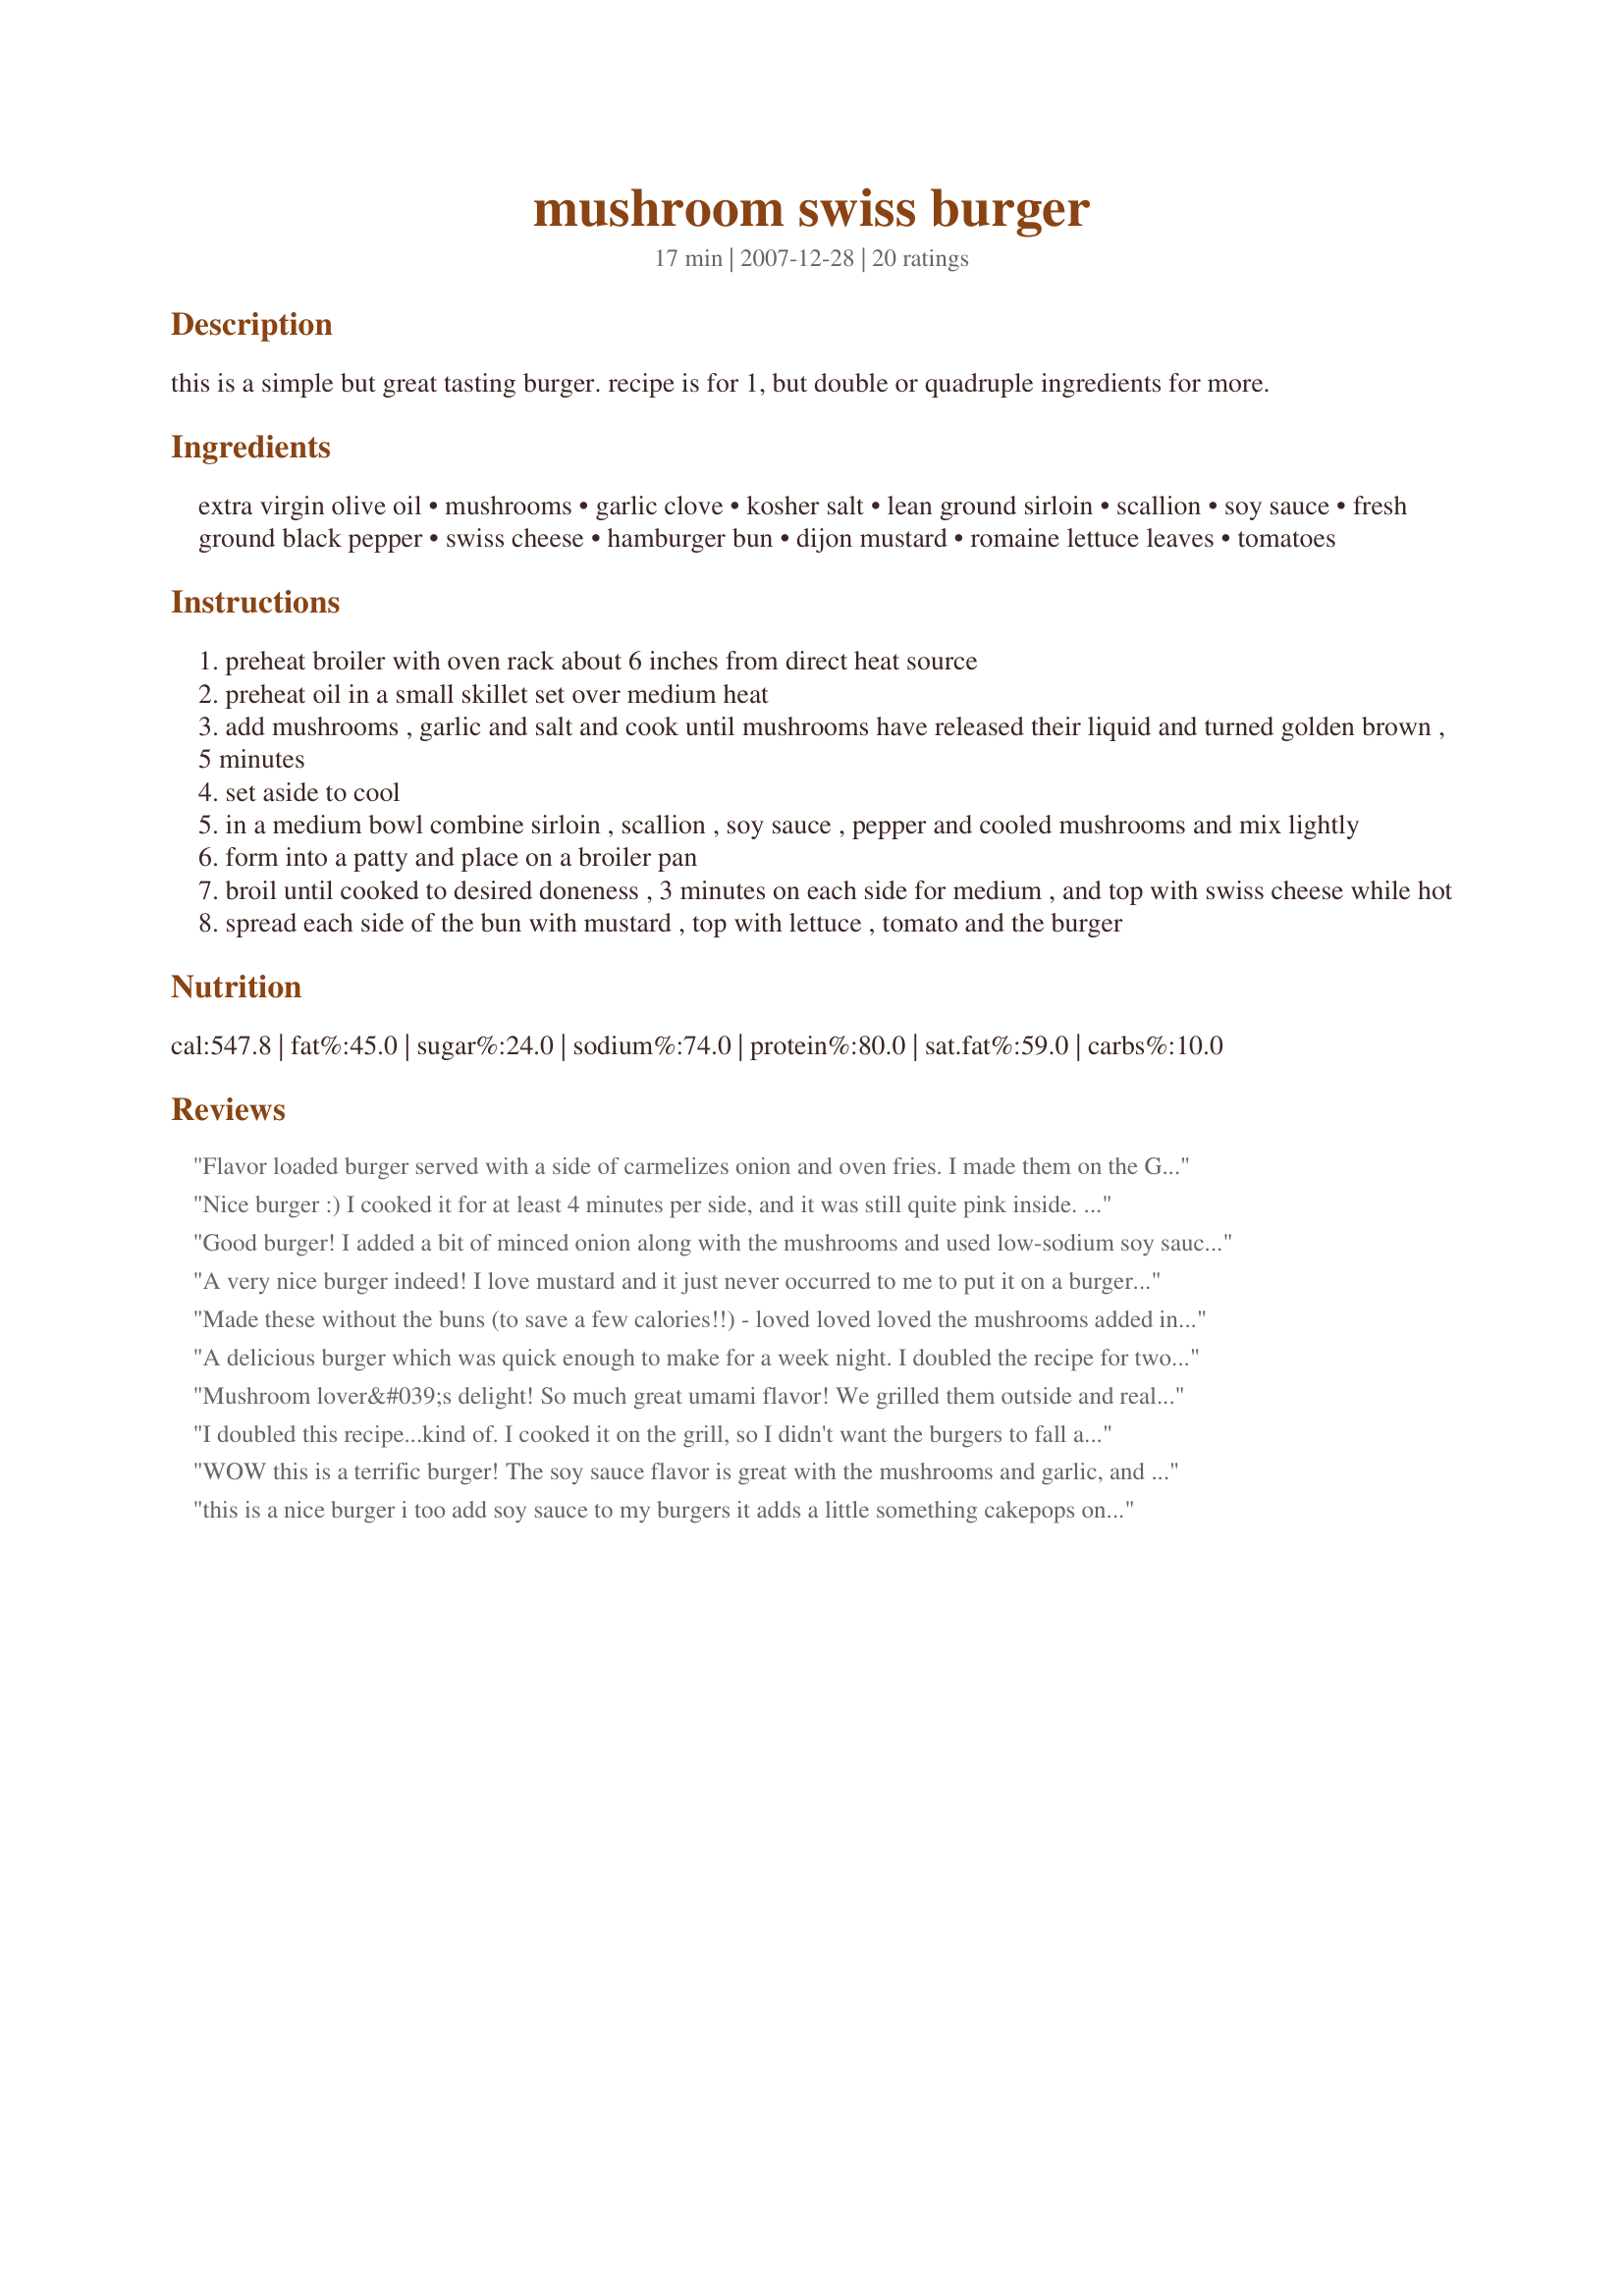
mushroom swiss burger
Preparation time: 17 minutes

this is a simple but great tasting burger. recipe is for 1, but double or quadruple ingredients for more.

Ingredients:
extra virgin olive oil, mushrooms, garlic clove, kosher salt, lean ground sirloin, scallion, soy sauce, fresh ground black pepper, swiss cheese, hamburger bun, dijon mustard, romaine lettuce leaves, tomatoes

Steps:
preheat broiler with oven rack about 6 inches from direct heat source
preheat oil in a small skillet set over medium heat
add mushrooms , garlic and salt and cook until mushrooms have released their liquid and turned golden brown , 5 minutes
set aside to cool
in a medium bowl combine sirloin , scallion , soy sauce , pepper and cooled mushrooms and mix lightly
form into a patty and place on a broiler pan
broil until cooked to desired doneness , 3 minutes on each side for medium , and top with swiss cheese while hot
spread each side of the bun with mustard , top with lettuce , tomato and the burger

Reviews:
Flavor loaded burger served with a side of carmelizes onion and oven fries. I made them on the Griddler and they were very easy to handle
Nice burger :) I cooked it for at least 4 minutes per side, and it was still quite pink inside. A tasty dish! I like that the recipe is made for a single serving - I doubled it and made two. The burgers were large, and next time I might double it and make three! Thanks for posting!
Good burger! I added a bit of minced onion along with the mushrooms and used low-sodium soy sauce. Other than than made as state and as previously mentioned-BIG burger but oh-so-good! Made for Aussie Recipe Swap.
A very nice burger indeed! I love mustard and it just never occurred to me to put it on a burger and leave off mayo and ketchup. Also, DH likes burgers that are seasoned throughout instead of just salt and pepper on top.
Made these without the buns (to save a few calories!!) - loved loved loved the mushrooms added in the mix!! thanks MarraMamba! :)
A delicious burger which was quick enough to make for a week night. I doubled the recipe for two and served these with my favourite baby spinach leaves on warmed crispy ciabatta rolls. Yum! I no longer worry about burgers or patties falling apart as I make them in egg rings. By the time I need to turn them over, I can dispense with the egg ring. Neat! Loved the soy sauce in these, both for its flavour and for how moist it makes the burger. I knew I would as it's an ingredient I very much like in my Recipe #120300. Thanks for sharing this yummy recipe, MarraMamba! Certainly one I'll be making again, next time in larger quantities so that I have some to put in the freezer. Made for Zaar Stars Tag.
Mushroom lover&#039;s delight! So much great umami flavor! We grilled them outside and really enjoyed them. Thanks so much.
I doubled this recipe...kind of. I cooked it on the grill, so I didn't want the burgers to fall apart. I used twice as much meat, and increased everything else by one and a half. This worked perfectly. The taste was great, and much less messy than topping with sauteed mushrooms, my usual way with burgers and mushrooms! Not sure the taste is exactly the same, but it is excellent. These are fabulous cooked on a smokey charcoal grill. I did not cook as indicated in the recipe...I just don't do burgers in the oven! But they would probably be good that way too! I loved this recipe. Made for Everyday is a Holiday tag game. Thanks for posting a great recipe!
Going in my keepers for 2009 book.
WOW this is a terrific burger! The soy sauce flavor is great with the mushrooms and garlic, and the swiss is the perfect topper. I left out the scallion and grilled these over charcoal - outstanding juicy and flavorful burgers - thanks for sharing this great recipe!
this is a nice burger i too add soy sauce to my burgers it adds a little something cakepops on parade hope you are having fun
Be hungry when you make this: it's a big, wholesome burger. Garlic and swiss cheese, with the Dijon mustard, are probably more important than the mushrooms to the identity of this recipe. I used iceberg lettuce because that's what was on hand; the romaine would have been nice. Made for Top Favorites of 2009.
Wow, what a terrific burger. We enjoyed this tasty treat very much. It has so much flavor and was so tender. Love the combination of meat, dijon mustard, swiss cheese and tomato, they were wonderful together and created a flavor to be remembered. Thank you for sharing your lovely recipe, which I will enjoy often. Made for Culinary Quest - Suitcase Gourmets - 2014.
This was tasty. I scaled the recipe down to just make one for a lunch. I love mushrooms and this showcased them. Thank you. Made for Culinary Quest PNW
My husband really liked this burger. I doubled the recipe and we cooked them on the grill verses the broiler. Made for a nice dinner. Made and reviewed from Auzie Swap #32.
Yummy burger :) I made as directed except left out the scallion. The flavors went together nicely. Broiling in the oven was such a quick and simple way to cook them -- I'd never broiled burgers before! Thanks for posting! Made fo Zaar Stars Tag.
We enjoyed these burgers a lot! My hubby grilled them instead of broiled, he had baby bella mushrooms and Miracle Whip instead of dijon mustart and I had dijon mustard and no mushrooms. A nice versatile recipe that we will be making again. Made and reviewed for the Culinary Quest 2014.
Yum. This made a large moist burger that we enjoyed a lot. Simple and tasty. Thanks Marra for sharing this one. Made for Photo Swap.
These were absolutely wonderful! They were so simple to make and had so much lovely flavor! The only trouble I had was in trying to flip them on the broiler rack since they kept trying to fall apart but I managed. They are so juicy with that soy sauce added in. I doubled the recipe and made three patties out of it. We also left out the tomato as neither of us likes them. Our cheese didn't melt really, but that wasn't an issue. I also cooked ours about 5 minutes on each side and they were perfectly done with no pink left. The best thing though was that they are just as good if not better than restaurant mushroom swiss burgers and are WAY less messy to eat!
A very simple and delicious sandwich! I love the combination of swiss and mushrooms. This had great flavor and they are so easy to make. I will make these again!
Awesome burger. Grilled outdoors and used two slices of swiss with mayo vs. mustard.
